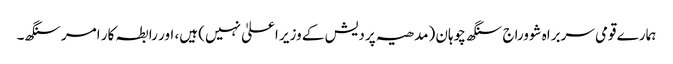
ہمارے قومی سربراہ شووراج سنگھ چوہان (مدھیہ پردیش کے وزیر اعلیٰ نہیں) ہیں، اور رابطہ کار امر سنگھ۔